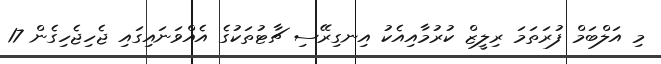
މި އަލްބަމް ފުރަތަމަ ރިލީޒް ކުރުމާއިއެކު އިނގިރޭސި ޗާޓުތަކުގެ އެއްވަނައިގައި ޖެހިޖެހިގެން 17